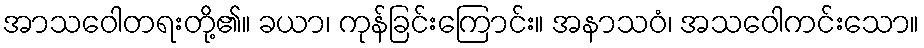
အာသဝေါတရးတို့၏။ ခယာ၊ ကုန်ခြင်းကြောင်း။ အနာသဝံ၊ အသဝေါကင်းသော။